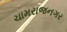
ચામરાજનગર